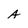
Character: A